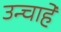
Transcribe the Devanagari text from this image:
उन्चाहे